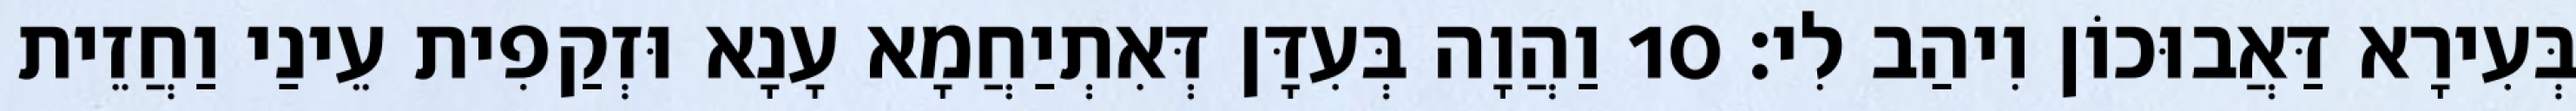
בְּעִירָא דַּאֲבוּכוֹן וִיהַב לִי׃ 10 וַהֲוָה בְּעִדָּן דְּאִתְיַחֲמָא עָנָא וּזְקַפִית עֵינַי וַחֲזֵית